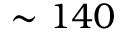
\sim 1 4 0